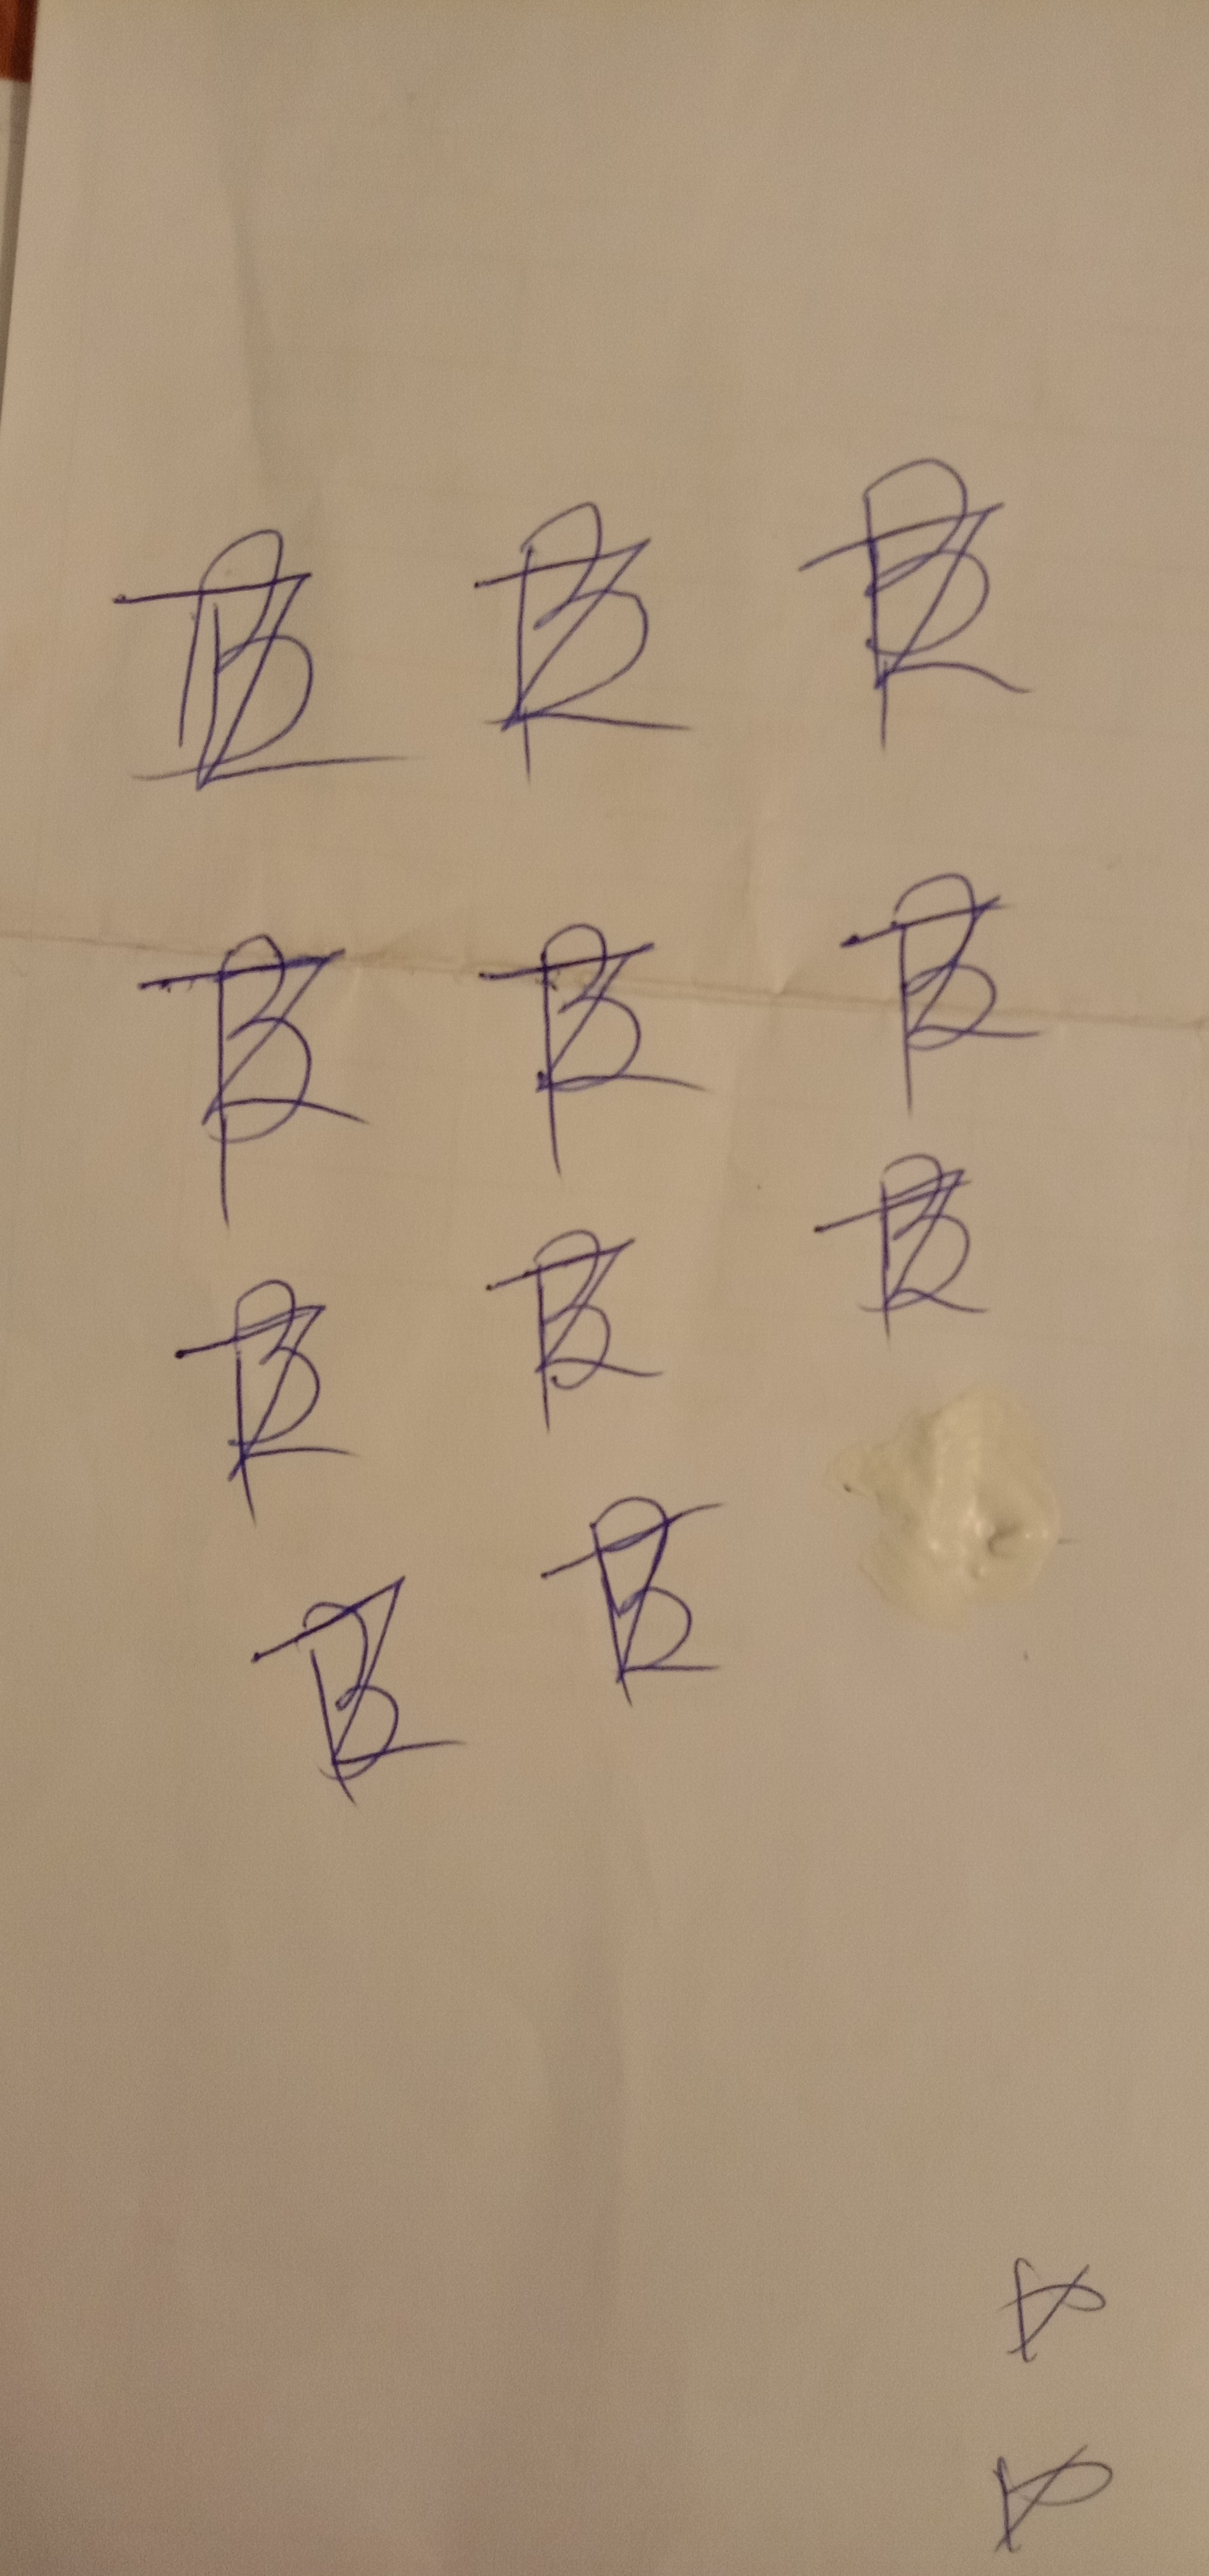
Signature authenticity: forged